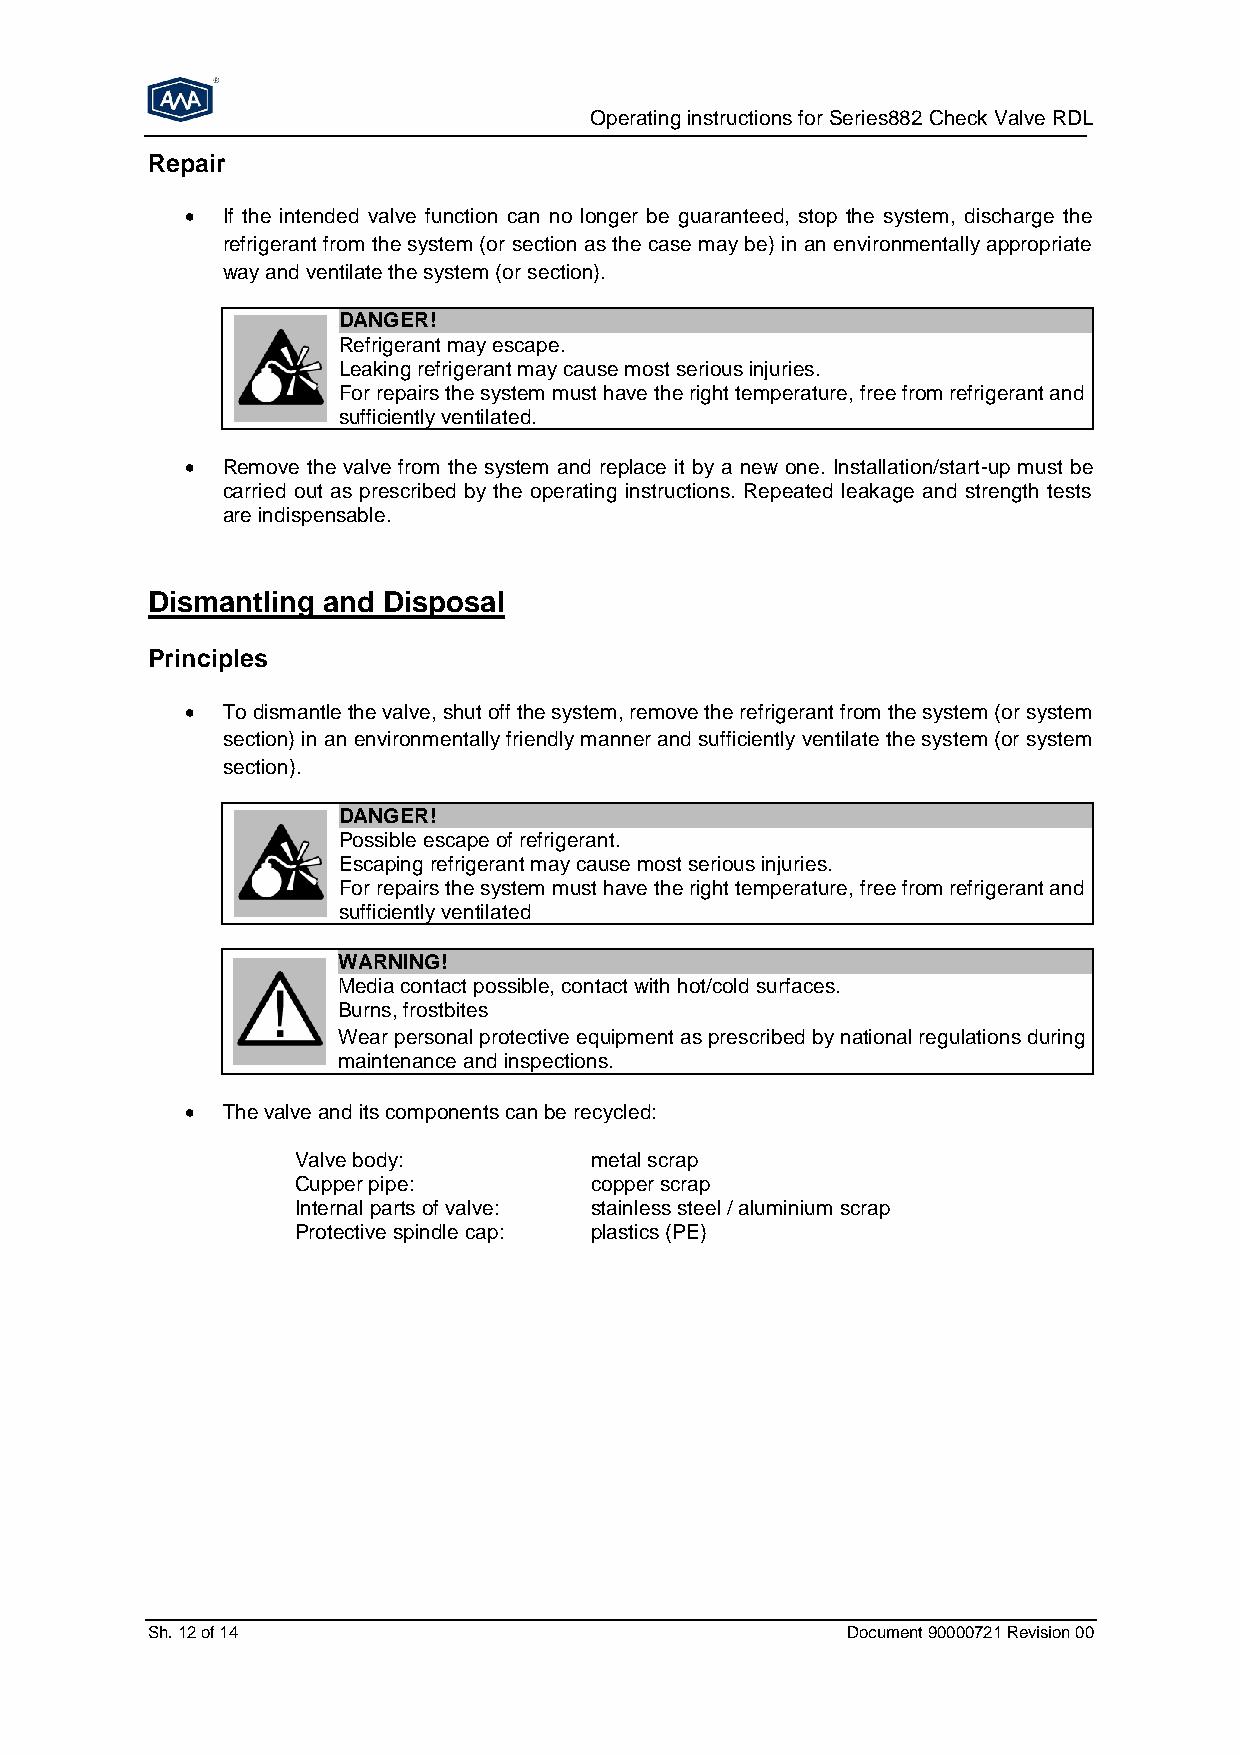
Operating instructions for Series882 Check Valve RDL
 Repair
   If the intended valve function can no longer be guaranteed, stop the system, discharge the
 refrigerant from the system (or section as the case may be) in an environmentally appropriate
 way and ventilate the system (or section).
 DANGER!
 Refrigerant may escape.
 Leaking refrigerant may cause most serious injuries.
 For repairs the system must have the right temperature, free from refrigerant and
 sufficiently ventilated.
   Remove the valve from the system and replace it by a new one. Installation/start-up must be
 carried out as prescribed by the operating instructions. Repeated leakage and strength tests
 are indispensable.
 Dismantling and Disposal
 Principles
   To dismantle the valve, shut off the system, remove the refrigerant from the system (or system
 section) in an environmentally friendly manner and sufficiently ventilate the system (or system
 section).
 DANGER!
 Possible escape of refrigerant.
 Escaping refrigerant may cause most serious injuries.
 For repairs the system must have the right temperature, free from refrigerant and
 sufficiently ventilated
 WARNING!
 Media contact possible, contact with hot/cold surfaces.
 Burns, frostbites
 Wear personal protective equipment as prescribed by national regulations during
 maintenance and inspections.
   The valve and its components can be recycled:
 Valve body:        metal scrap
 Cupper pipe:       copper scrap
 Internal parts of valve: stainless steel / aluminium scrap
 Protective spindle cap: plastics (PE)
 Sh. 12 of 14                                  Document 90000721 Revision 00